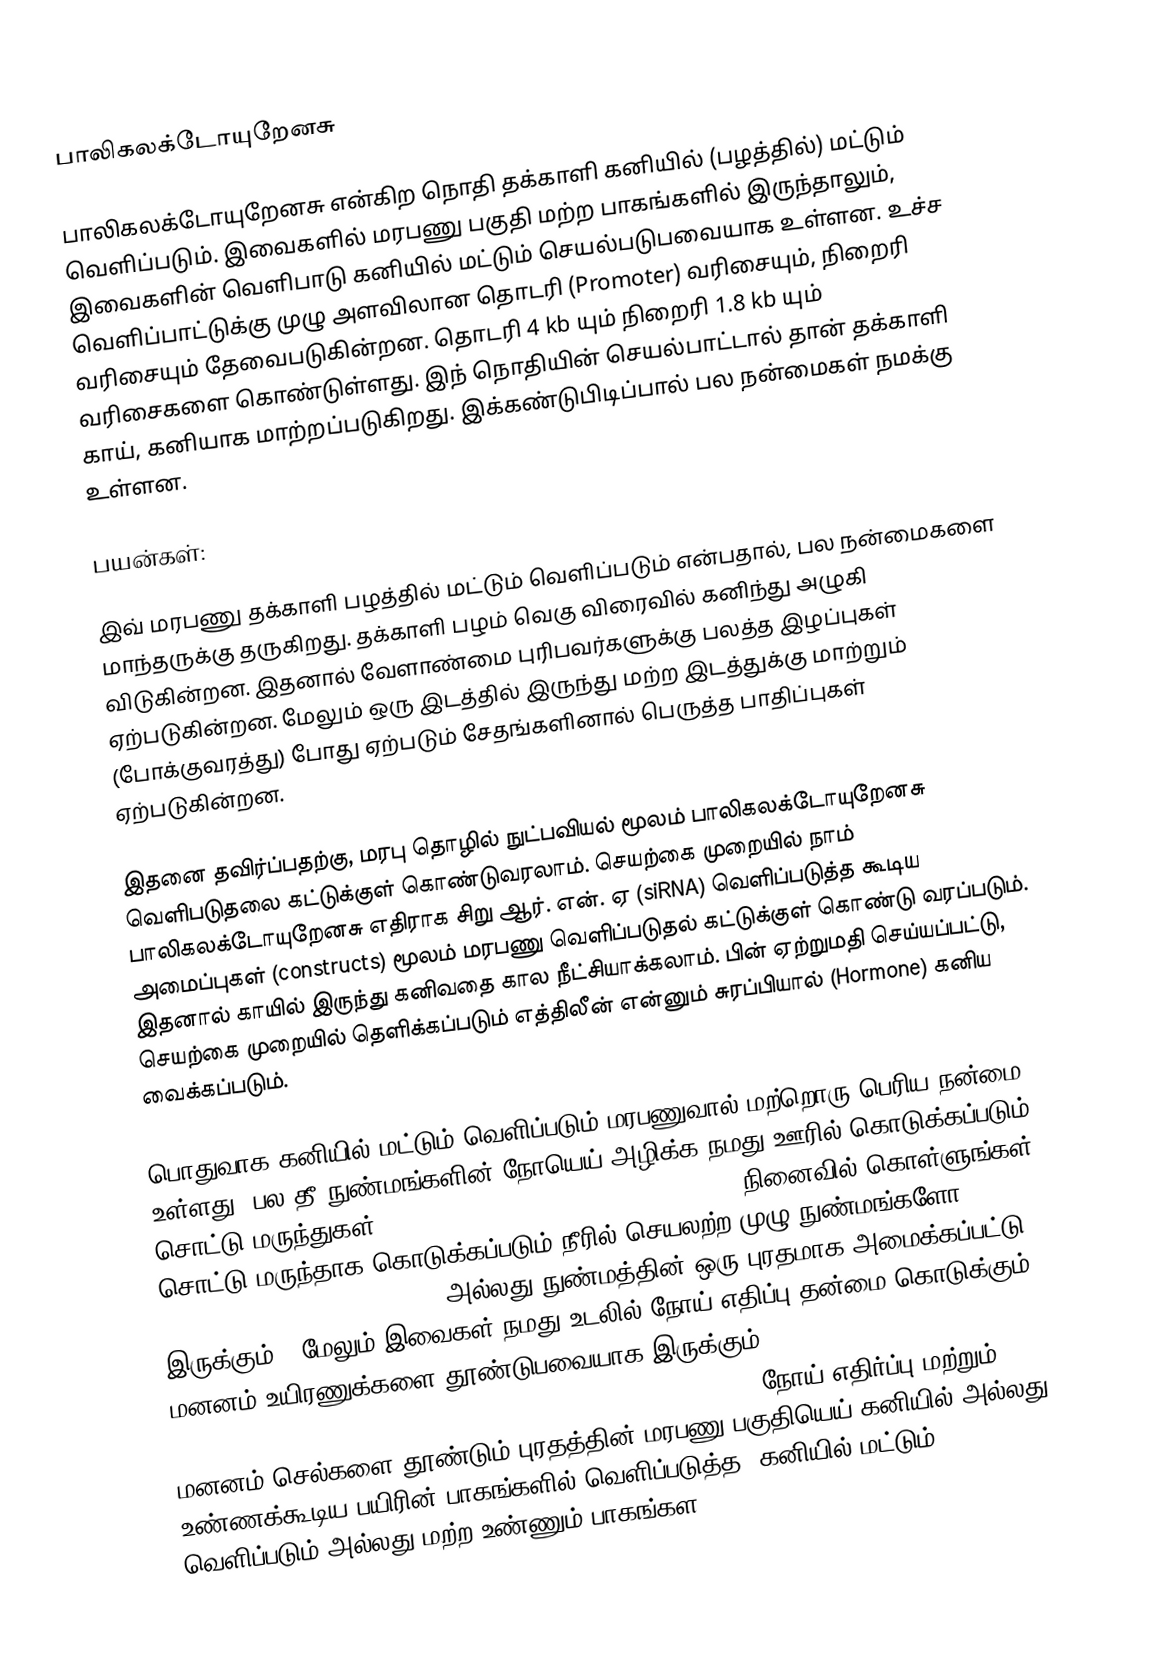
பாலிகலக்டோயுறேனசு

பாலிகலக்டோயுறேனசு என்கிற நொதி தக்காளி கனியில் (பழத்தில்) மட்டும் வெளிப்படும். இவைகளில் மரபணு பகுதி மற்ற பாகங்களில் இருந்தாலும், இவைகளின் வெளிபாடு கனியில் மட்டும் செயல்படுபவையாக உள்ளன. உச்ச வெளிப்பாட்டுக்கு முழு அளவிலான தொடரி (Promoter) வரிசையும், நிறைரி வரிசையும் தேவைபடுகின்றன. தொடரி 4 kb யும் நிறைரி 1.8 kb யும் வரிசைகளை கொண்டுள்ளது. இந் நொதியின் செயல்பாட்டால் தான் தக்காளி காய், கனியாக மாற்றப்படுகிறது. இக்கண்டுபிடிப்பால் பல நன்மைகள் நமக்கு உள்ளன.

பயன்கள்:

இவ் மரபணு தக்காளி பழத்தில் மட்டும் வெளிப்படும் என்பதால், பல நன்மைகளை மாந்தருக்கு தருகிறது. தக்காளி பழம் வெகு விரைவில் கனிந்து அழுகி விடுகின்றன. இதனால் வேளாண்மை புரிபவர்களுக்கு பலத்த இழப்புகள் ஏற்படுகின்றன. மேலும் ஒரு இடத்தில் இருந்து மற்ற இடத்துக்கு மாற்றும் (போக்குவரத்து) போது ஏற்படும் சேதங்களினால் பெருத்த பாதிப்புகள் ஏற்படுகின்றன.

இதனை தவிர்ப்பதற்கு, மரபு தொழில் நுட்பவியல் மூலம் பாலிகலக்டோயுறேனசு வெளிபடுதலை கட்டுக்குள் கொண்டுவரலாம். செயற்கை முறையில் நாம் பாலிகலக்டோயுறேனசு எதிராக சிறு ஆர். என். ஏ (siRNA) வெளிப்படுத்த கூடிய அமைப்புகள் (constructs) மூலம் மரபணு வெளிப்படுதல் கட்டுக்குள் கொண்டு வரப்படும். இதனால் காயில் இருந்து கனிவதை கால நீட்சியாக்கலாம். பின் ஏற்றுமதி செய்யப்பட்டு, செயற்கை முறையில் தெளிக்கப்படும் எத்திலீன் என்னும் சுரப்பியால் (Hormone) கனிய வைக்கப்படும்.

பொதுவாக கனியில் மட்டும் வெளிப்படும் மரபணுவால் மற்றொரு பெரிய நன்மை உள்ளது. பல தீ நுண்மங்களின் நோயெய் அழிக்க நமது ஊரில் கொடுக்கப்படும் சொட்டு மருந்துகள் (vaccination for small pox and polio) நினைவில் கொள்ளுங்கள். சொட்டு மருந்தாக கொடுக்கப்படும் நீரில் செயலற்ற முழு நுண்மங்களோ (inactivated virus particles) அல்லது நுண்மத்தின் ஒரு புரதமாக அமைக்கப்பட்டு இருக்கும் . மேலும் இவைகள் நமது உடலில் நோய் எதிப்பு தன்மை கொடுக்கும் மனனம் உயிரணுக்களை தூண்டுபவையாக இருக்கும் ( it should induce humoral and cellular mediated immunity response as well as memory cells). நோய் எதிர்ப்பு மற்றும் மனனம் செல்களை தூண்டும் புரதத்தின் மரபணு பகுதியெய் கனியில் அல்லது உண்ணக்கூடிய பயிரின் பாகங்களில் வெளிப்படுத்த, கனியில் மட்டும் வெளிப்படும் அல்லது மற்ற உண்ணும் பாகங்கள